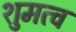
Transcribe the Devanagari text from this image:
शुमत्व